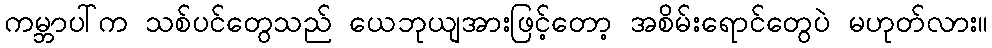
ကမ္ဘာပါ်က သစ်ပင်တွေသည် ယေဘုယျအားဖြင့်တော့ အစိမ်းရောင်တွေပဲ မဟုတ်လား။